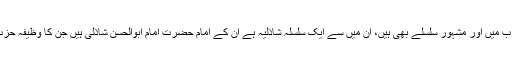
سلسلہ شاذلیہ اور فیضان حضور غوث الاعظم رضی اللہ عنہ عالم عرب میں اور مشہور سلسلے بھی ہیں، ان میں سے ایک سلسلہ شاذلیہ ہے ان کے امام حضرت امام ابوالحسن شاذلی ہیں جن کا وظیفہ حزب البحر کا بڑا اہم مقام ہے اور بڑے بڑے اولیاء و عرفاء پڑھتے ہیں۔